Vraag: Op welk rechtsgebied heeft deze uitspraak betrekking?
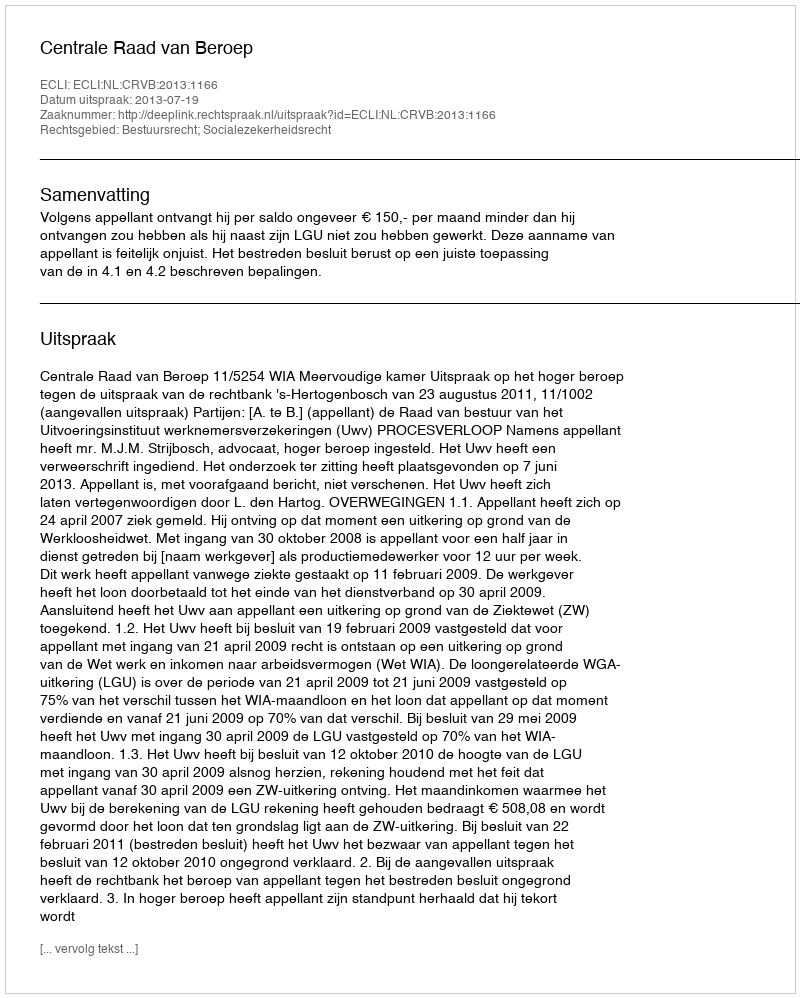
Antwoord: Bestuursrecht; Socialezekerheidsrecht